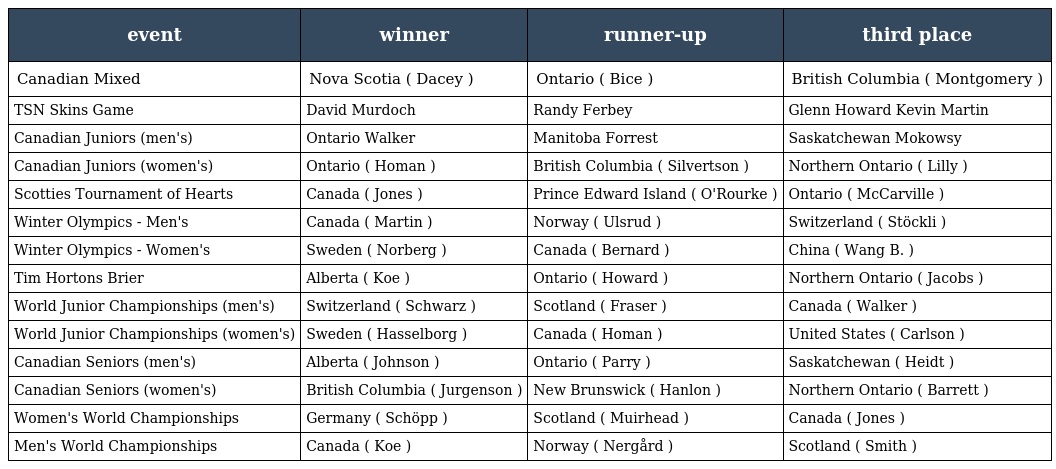
| event | winner | runner-up | third place |
 | --- | --- | --- | --- |
 | Canadian Mixed | Nova Scotia ( Dacey ) | Ontario ( Bice ) | British Columbia ( Montgomery ) |
 | TSN Skins Game | David Murdoch | Randy Ferbey | Glenn Howard Kevin Martin |
 | Canadian Juniors (men's) | Ontario Walker | Manitoba Forrest | Saskatchewan Mokowsy |
 | Canadian Juniors (women's) | Ontario ( Homan ) | British Columbia ( Silvertson ) | Northern Ontario ( Lilly ) |
 | Scotties Tournament of Hearts | Canada ( Jones ) | Prince Edward Island ( O'Rourke ) | Ontario ( McCarville ) |
 | Winter Olympics - Men's | Canada ( Martin ) | Norway ( Ulsrud ) | Switzerland ( Stöckli ) |
 | Winter Olympics - Women's | Sweden ( Norberg ) | Canada ( Bernard ) | China ( Wang B. ) |
 | Tim Hortons Brier | Alberta ( Koe ) | Ontario ( Howard ) | Northern Ontario ( Jacobs ) |
 | World Junior Championships (men's) | Switzerland ( Schwarz ) | Scotland ( Fraser ) | Canada ( Walker ) |
 | World Junior Championships (women's) | Sweden ( Hasselborg ) | Canada ( Homan ) | United States ( Carlson ) |
 | Canadian Seniors (men's) | Alberta ( Johnson ) | Ontario ( Parry ) | Saskatchewan ( Heidt ) |
 | Canadian Seniors (women's) | British Columbia ( Jurgenson ) | New Brunswick ( Hanlon ) | Northern Ontario ( Barrett ) |
 | Women's World Championships | Germany ( Schöpp ) | Scotland ( Muirhead ) | Canada ( Jones ) |
 | Men's World Championships | Canada ( Koe ) | Norway ( Nergård ) | Scotland ( Smith ) |